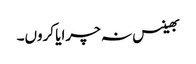
بھینس نہ چرایا کروں۔